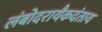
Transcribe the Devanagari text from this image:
लंबोदरायैकदंताय